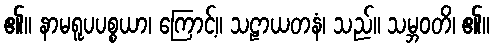
၏။ နာမရူပပစ္စယာ၊ ကြောင့်။ သဠာယတနံ၊ သည်။ သမ္ဘဝတိ၊ ၏။